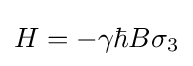
H=-\gamma \hbar B\sigma _{3}